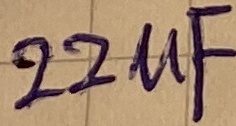
Text: 22µF